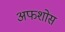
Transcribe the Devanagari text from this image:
अफशोस